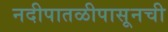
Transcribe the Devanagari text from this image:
नदीपातळीपासूनची